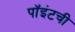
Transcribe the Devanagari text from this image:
पॉइंटची